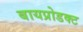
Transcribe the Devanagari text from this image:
बायप्रोडक्ट